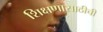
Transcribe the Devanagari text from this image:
शिक्षणासाठीची